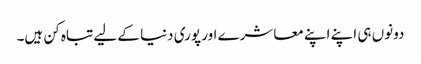
دونوں ہی اپنے اپنے معاشرے اور پوری دنیا کے لیے تباہ کن ہیں۔